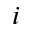
i